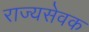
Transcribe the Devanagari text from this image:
राज्यसेवक